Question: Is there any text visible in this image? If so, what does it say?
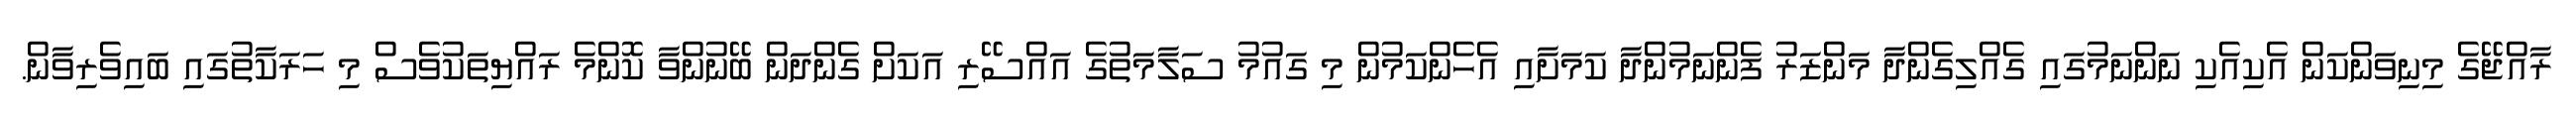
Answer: ރާއްޖޭގެ މިނިވަންކަން އެކިއެކި ނަންނަމުގައި ގެއްލިގެންދާ މަންޒަރު ފެންނަމުންދާ ކަމަށާއި އެހެންކަމުން މި ގައުމު ސަލާމަތުގެ އައްސޭރި އަކަށް ގެންދަން ބޭނުންވާ ކޮންމެ ރައްޔިތަކުވެސް މި ހަރަކާތުގައި ބައިވެރިވާން.